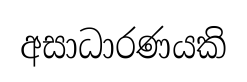
අසාධාරණයකි